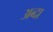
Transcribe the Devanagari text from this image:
अब्दा